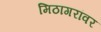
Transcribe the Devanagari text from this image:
मिठागरांवर